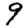
Digit: 9